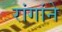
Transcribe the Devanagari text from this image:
रांगांने